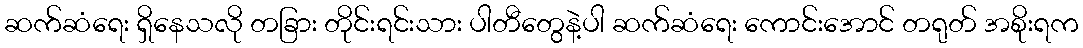
ဆက်ဆံရေး ရှိနေသလို တခြား တိုင်းရင်းသား ပါတီတွေနဲ့ပါ ဆက်ဆံရေး ကောင်းအောင် တရုတ် အစိုးရက